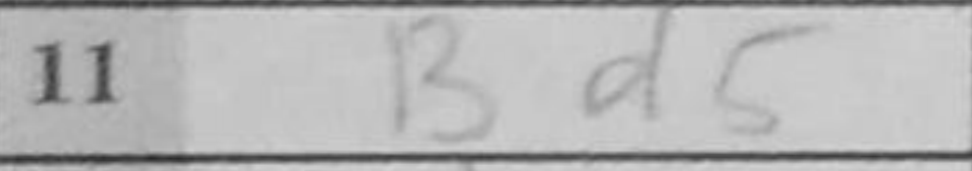
Transcription: Bd5